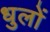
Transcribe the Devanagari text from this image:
धुलों